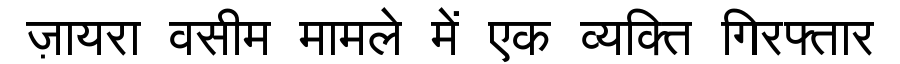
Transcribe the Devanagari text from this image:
ज़ायरा वसीम मामले में एक व्यक्ति गिरफ्तार